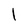
Character: l